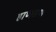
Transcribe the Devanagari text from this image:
हाणहाण